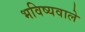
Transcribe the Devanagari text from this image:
भविष्यवाले